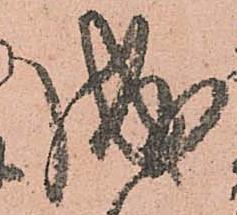
成